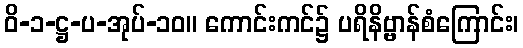
ဝိ-၁-ဋ္ဌ-ပ-အုပ်-၁၀။ ကောင်းကင်၌ ပရိနိဗ္ဗာန်စံကြောင်း၊